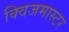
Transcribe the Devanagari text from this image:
क्विजमास्टर